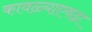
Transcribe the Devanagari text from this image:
कावळ्याएवढा